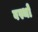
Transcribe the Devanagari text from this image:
वस्थाे